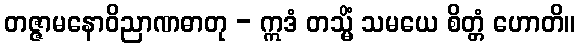
တဇ္ဇာမနောဝိညာဏဓာတု - ဣဒံ တသ္မိံ သမယေ စိတ္တံ ဟောတိ။